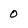
Character: 0